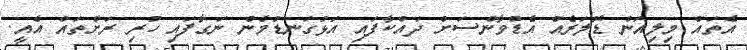
އެތައް މިލިއަން ޑޮލަރެއް އެޑްވާންސަށް ދައްކާފައި އަޅުގަނޑުމެން ނަގާފައި ހުރި ރަށްތައް އެއީ.